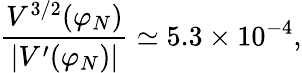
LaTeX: \frac{V^{3/2}(\varphi_{N})}{|V^{\prime}(\varphi_{N})|}\simeq 5.3\times 10^{-4},